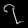
Digit: ၇